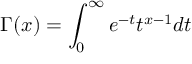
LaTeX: \Gamma ( x ) = \int _ { 0 } ^ { \infty } e ^ { - t } t ^ { x - 1 } d t